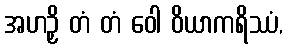
အဟဉှိ တံ တံ ဝေါ ဝိယာကရိဿံ,